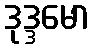
ဒုဒ္ဒမော